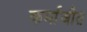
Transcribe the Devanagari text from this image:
कर्माजीत